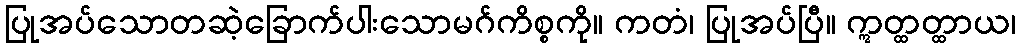
ပြုအပ်သောတဆဲ့ခြောက်ပါးသောမဂ်ကိစ္စကို။ ကတံ၊ ပြုအပ်ပြီ။ ဣတ္ထတ္ထာယ၊